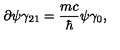
\partial \psi \gamma _ { 2 1 } = \frac { m c } { \hbar } \psi \gamma _ { 0 } ,